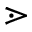
\gtrdot